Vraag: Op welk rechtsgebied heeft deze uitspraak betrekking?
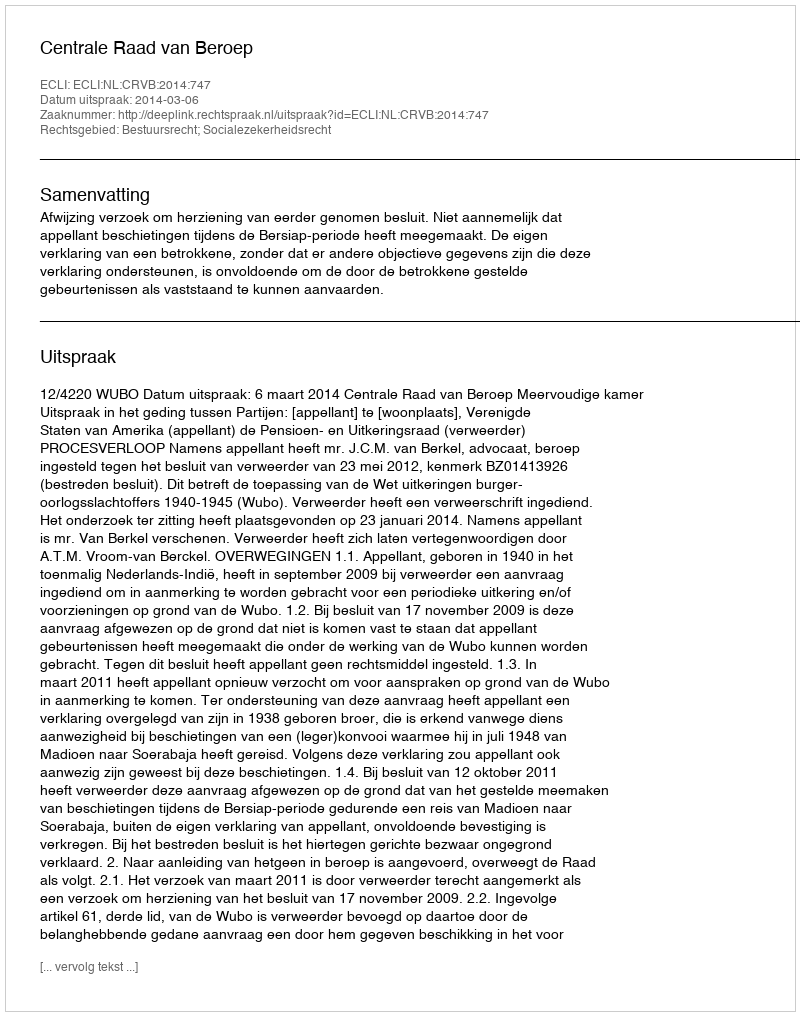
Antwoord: Bestuursrecht; Socialezekerheidsrecht